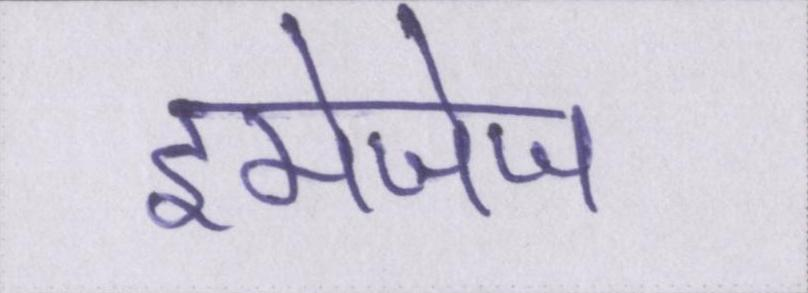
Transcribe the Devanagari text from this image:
इमेजेज